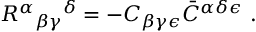
R ^ { \alpha } { } _ { \beta \gamma } { } ^ { \delta } = - C _ { \beta \gamma \epsilon } \bar { C } ^ { \alpha \delta \epsilon } \ .